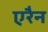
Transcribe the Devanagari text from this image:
एरैन